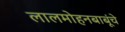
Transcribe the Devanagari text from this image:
लालमोहनबाबूंचे